Regulations for the medical services of the Army of India
Year: 1930
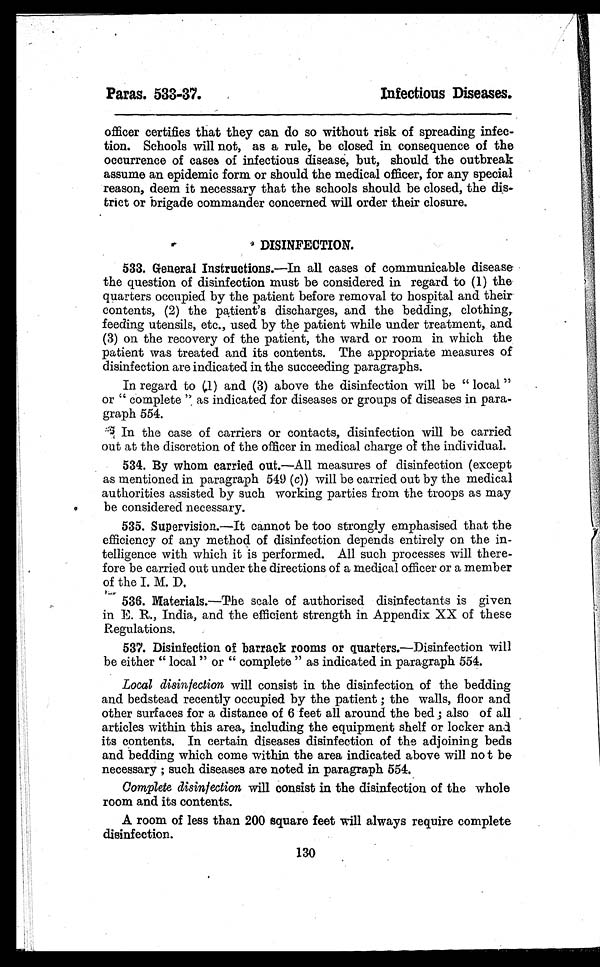
Paras. 533-37.
Infectious Diseases.
officer certifies that they can do so without risk of spreading infec-
tion. Schools will not, as a rule, be closed in consequence of the
occurrence of cases of infectious disease, but, should the outbreak
assume an epidemic form or should the medical officer, for any special
reason, deem it necessary that the schools should be closed, the dis-
trict or brigade commander concerned will order their closure.
•
DISINFECTION.
533.General Instructions.—In all cases of communicable disease
the question of disinfection must be considered in regard to (1) the
quarters occupied by the patient before removal to hospital and their
contents, (2) the patient's discharges, and the bedding, clothing,
feeding utensils, etc., used by the patient while under treatment, and
(3) on the recovery of the patient, the ward or room in which the
patient was treated and its contents. The appropriate measures of
disinfection are indicated in the succeeding paragraphs.
In regard to (1) and (3) above the disinfection will be " local "
or " complete ". as indicated for diseases or groups of diseases in para-
graph 554.
In the case of carriers or contacts, disinfection will be carried
out at the discretion of the officer in medical charge of the individual.
534.By whom carried out.—All measures of disinfection (except
as mentioned in paragraph 549 (c)) will be carried out by the medical
authorities assisted by such working parties from the troops as may
be considered necessary.
535.Supervision.—It cannot be too strongly emphasised that the
efficiency of any method of disinfection depends entirely on the in-
telligence with which it is performed. All such processes will there-
fore be carried out under the directions of a medical officer or a member
of the I. M. D,
536.Materials.—The scale of authorised disinfectants is given
in E. R., India, and the efficient strength in Appendix XX of these
Regulations.
537.Disinfection of barrack rooms or quarters.—Disinfection will
be either " local " or " complete " as indicated in paragraph 554.
Local disinfection will consist in the disinfection of the bedding
and bedstead recently occupied by the patient ; the walls, floor and
other surfaces for a distance of 6 feet all around the bed; also of all
articles within this area, including the equipment shelf or locker and
its contents. In certain diseases disinfection of the adjoining beds
and bedding which come within the area indicated above will no t be
necessary ; such diseases are noted in paragraph 554.
Complete disinfection will consist in the disinfection of the whole
room and its contents.
A room of less than 200 square feet will always require complete
disinfection.
130